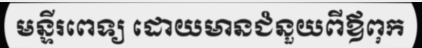
មន្ទីរពេទ្យ ដោយមានជំនួយពីឪពុក